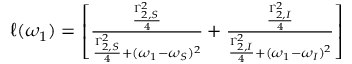
\begin{array} { r } { \ell ( \omega _ { 1 } ) = \left[ \frac { \frac { \Gamma _ { 2 , S } ^ { 2 } } { 4 } } { \frac { \Gamma _ { 2 , S } ^ { 2 } } { 4 } + ( \omega _ { 1 } - \omega _ { S } ) ^ { 2 } } + \frac { \frac { \Gamma _ { 2 , I } ^ { 2 } } { 4 } } { \frac { \Gamma _ { 2 , I } ^ { 2 } } { 4 } + ( \omega _ { 1 } - \omega _ { I } ) ^ { 2 } } \right] } \end{array}